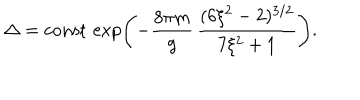
LaTeX: \Delta = \mathrm { c o n s t } \, \exp \left( - \frac { 8 \pi m } { g } \, \frac { ( 6 \xi ^ { 2 } - 2 ) ^ { 3 / 2 } } { 7 \xi ^ { 2 } + 1 } \right) .